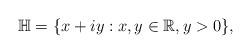
LaTeX: \begin{align*}\mathbb{H}=\{x+iy:x,y\in\mathbb{R},y>0\},\end{align*}